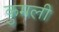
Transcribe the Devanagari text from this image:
कुमली